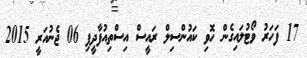
17 ފަހަރު ވޯޓުލައިގެން ހޮވި ކައުންސިލް ރައީސް އިސްތިއުފާދީފި 06 ޖެނުއަރީ 2015